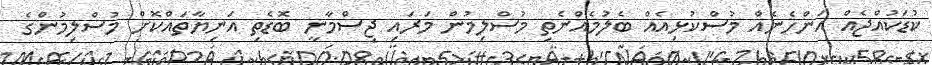
ކުޑަކުއްޖެއް އަންހެނެއް މުސްކުޅިއެއް ބެލުމެއްނެތި މުސްލިމުން މަރައި ޖިސްމާނީ ބޮޑެތި އަނިޔާތައްކޮށް މުސްލިމުންގެ